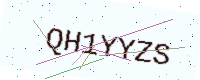
Text: QH1YYZS